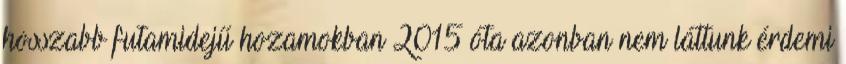
hosszabb futamidejű hozamokban 2015 óta azonban nem láttunk érdemi